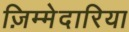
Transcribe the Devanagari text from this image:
ज़िम्मेदारिया